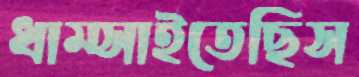
ধাম্‌সাইতেছিস